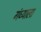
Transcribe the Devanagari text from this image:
गंध्याला